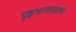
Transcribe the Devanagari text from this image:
पृष्ठभागावरुन